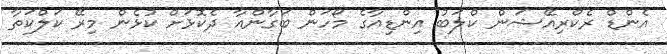
އެންޑް ރެކްރިއޭޝަން ކްލަބު އިންޑިއާގެ މޯހަން ބަގާންއާ ދެކޮޅަށް ކުޅެން މިރޭ ކަލްކަތާ